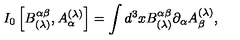
I _ { 0 } \left[ B _ { ( \lambda ) } ^ { \alpha \beta } , A _ { \alpha } ^ { ( \lambda ) } \right] = \int d ^ { 3 } x B _ { ( \lambda ) } ^ { \alpha \beta } \partial _ { \alpha } A _ { \beta } ^ { ( \lambda ) } ,